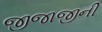
જીજાજીની